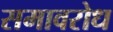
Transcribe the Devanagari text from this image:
समावरोध